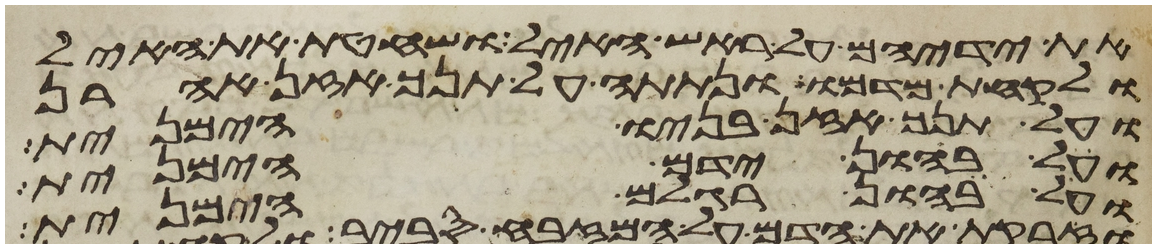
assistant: את ידיהם על ראש האיל ושחטת את האיל
ולקחת מדמו ונתתה על תנך אזן אהרן
ועל תנך אזן בניו הימנית
ועל בהון ידם הימנית
ועל בהון רגלם הימנית